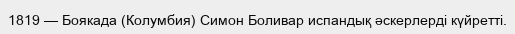
1819 — Боякада (Колумбия) Симон Боливар испандық әскерлерді күйретті.